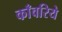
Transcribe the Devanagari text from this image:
काँवरिये